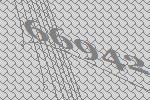
66942